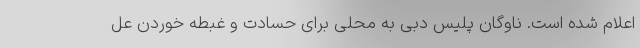
اعلام شده است. ناوگان پلیس دبی به محلی برای حسادت و غبطه خوردن عل